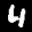
Label: 4